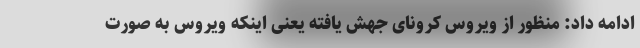
ادامه داد: منظور از ویروس کرونای جهش یافته یعنی اینکه ویروس به صورت